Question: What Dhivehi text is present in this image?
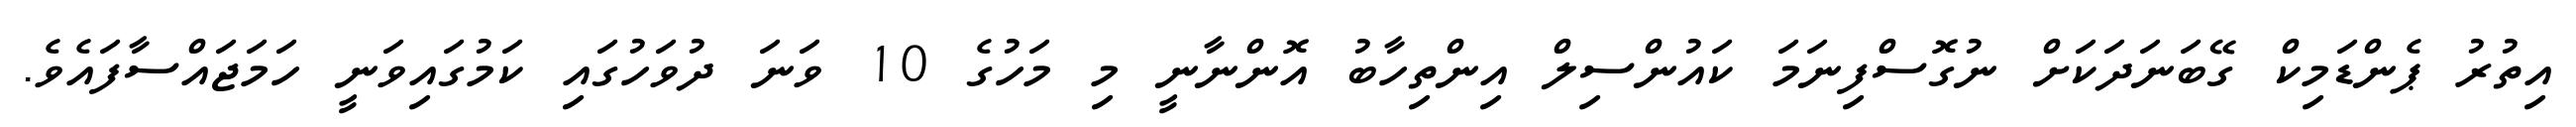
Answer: އިތުރު ޕެންޑަމިކް ގޭބަނަދަކަށް ނުގޮސްފިނަމަ ކައުންސިލް އިންތިހާބު އޮންނާނީ މި މަހުގެ 10 ވަނަ ދުވަހުގައި ކަމުގައިވަނީ ހަމަޖައްސާފައެވެ.